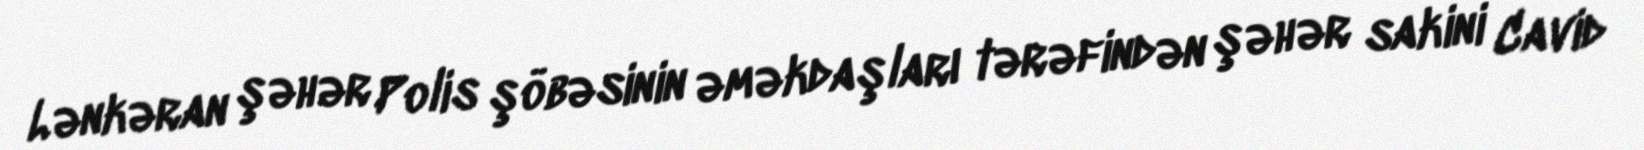
Lənkəran şəhər Polis şöbəsinin əməkdaşları tərəfindən şəhər sakini Cavid